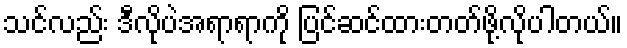
သင်လည်း ဒီလိုပဲအရာရာကို ပြင်ဆင်ထားတတ်ဖို့လိုပါတယ်။